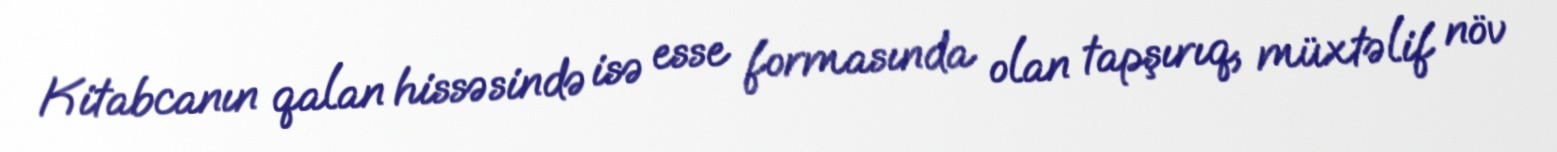
Kitabcanın qalan hissəsində isə esse formasında olan tapşırıq, müxtəlif növ